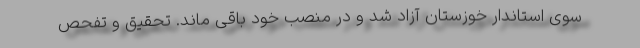
سوی استاندار خوزستان آزاد شد و در منصب خود باقی ماند. تحقیق و تفحص